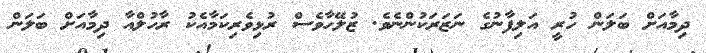
ދިމާއަށް ބަލަން ހުރީ އަލިފާނުގެ ނަޒަރަކުންނެވެ. ޒުލޭހާވެސް ރުޅިވެރިކަމާއެކު ރާހުލްއާ ދިމާއަށް ބަލަން